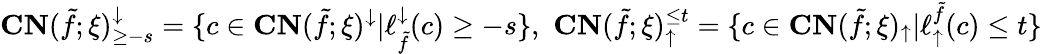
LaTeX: \mathbf{CN}(\tilde{f};\xi)_{\geq-s}^{\downarrow}=\{ c\in\mathbf{CN}(\tilde{f};\xi)^{\downarrow}|\ell_{\tilde{f}}^{\downarrow}(c)\geq-s\} ,\, \, \mathbf{CN}(\tilde{f};\xi)_{\uparrow}^{\leq t}=\{ c\in\mathbf{CN}(\tilde{f};\xi)_{\uparrow}|\ell_{\uparrow}^{\tilde{f}}(c)\leq t\}